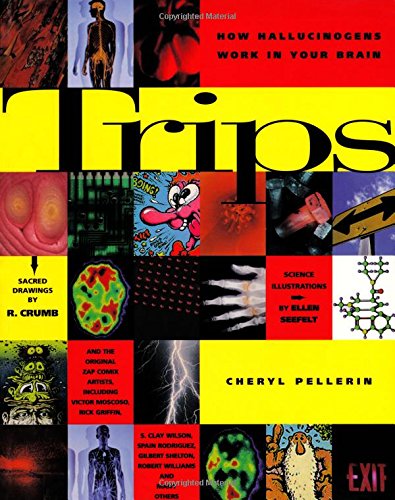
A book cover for Trips: How Hallucinogens Work in Your Brain; Cheryl Pellerin; Medical Books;